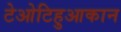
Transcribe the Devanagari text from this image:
टेओटिहुआकान